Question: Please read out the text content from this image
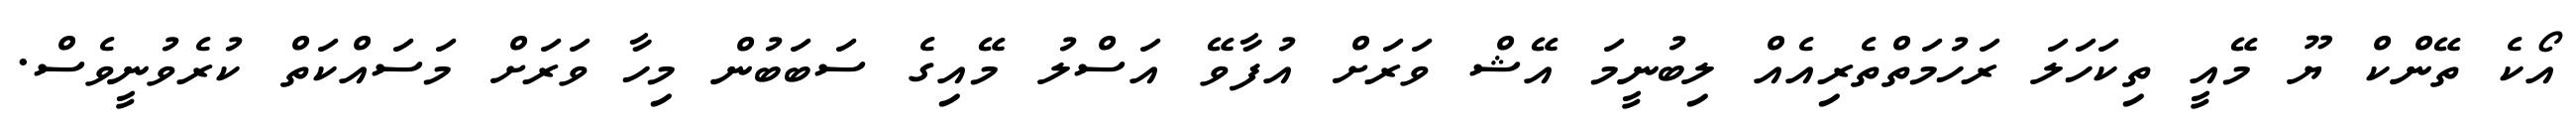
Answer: އޯކެ ތޭންކް ޔޫ މޭއީ ތިކަހަލަ ރަހުމަތްތެރިއެއް ލިބުނީމަ އޭޝް ވަރަށް އުފާވޭ އަސްލު މޭއިގެ ސަބަބުން މިހާ ވަރަށް މަސައްކަތް ކުރެވުނީވެސް.